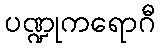
ပဏ္ဍုကရောဂီ